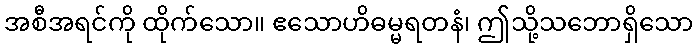
အစီအရင်ကို ထိုက်သော။ ဧသောဟိဓမ္မရတနံ၊ ဤသို့သဘောရှိသော